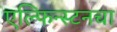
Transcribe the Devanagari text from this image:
एल्फिन्स्टनचा